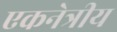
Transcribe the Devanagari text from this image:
एकनेत्रीय